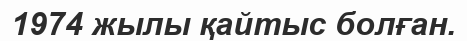
1974 жылы қайтыс болған.